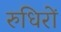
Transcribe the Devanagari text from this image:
रुधिरों